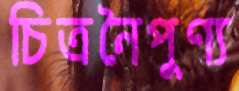
চিত্রনৈপুণ্য